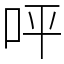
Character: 呯